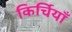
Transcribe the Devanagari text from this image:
किर्चियाँ